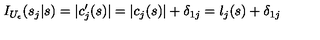
I _ { U _ { \epsilon } } ( s _ { j } | s ) = | c _ { j } ^ { \prime } ( s ) | = | c _ { j } ( s ) | + \delta _ { 1 j } = l _ { j } ( s ) + \delta _ { 1 j }